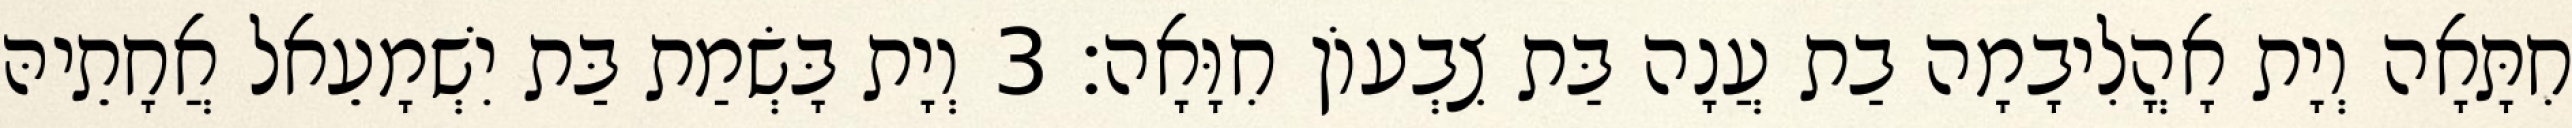
חִתָּאָה וְיָת אָהֳלִיבָמָה בַת עֲנָה בַּת צִבְעוֹן חִוָּאָה׃ 3 וְיָת בָּשְׂמַת בַּת יִשְׁמָעֵאל אֲחָתֵיהּ